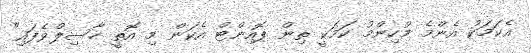
އެކަމަކު އެންމެ މުހިންމު ކަމަކީ ތިން ޕޮއިންޓް އެކަން މި އޮތީ ހާސިލްވެފައި"